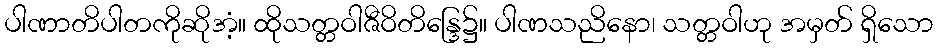
ပါဏာတိပါတကိုဆိုအံ့။ ထိုသတ္တဝါဇီဝိတိန္ဒြေ၌။ ပါဏသညိနော၊ သတ္တဝါဟု အမှတ် ရှိသော